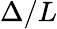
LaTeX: \Delta/L